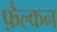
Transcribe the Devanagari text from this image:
फ़ैल्कन